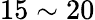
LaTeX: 15\sim 20